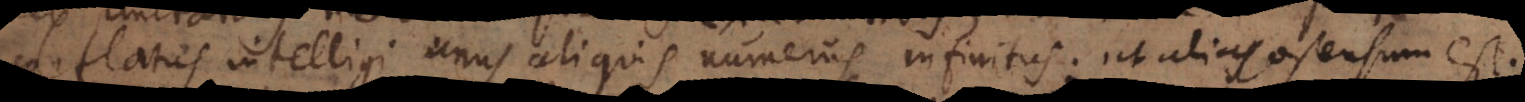
conflatus intelligi unus aliquis numerus infinitus, ut alias ostensum est.